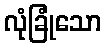
လုံခြုံသော